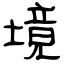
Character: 境